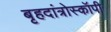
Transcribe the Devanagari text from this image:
बृहदांत्रोस्कॉपी